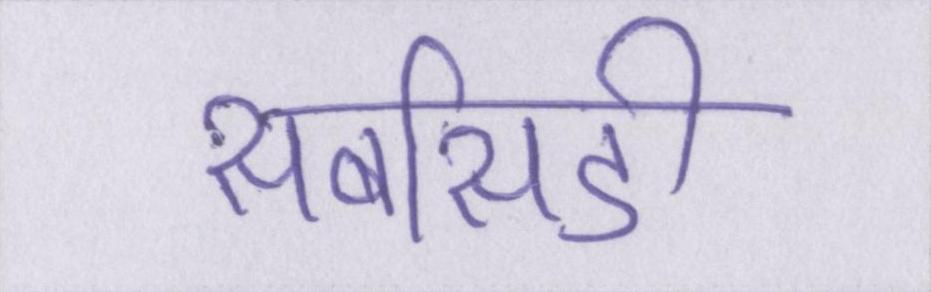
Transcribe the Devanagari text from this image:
सबसिडी